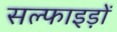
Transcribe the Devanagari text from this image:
सल्फाइड़ों